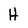
Character: H